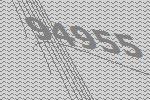
94955